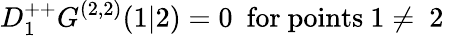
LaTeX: D_{1}^{++}G^{(2,2)}(1\vert 2)=0\ \ \mathrm{for~points~1\neq~2~}